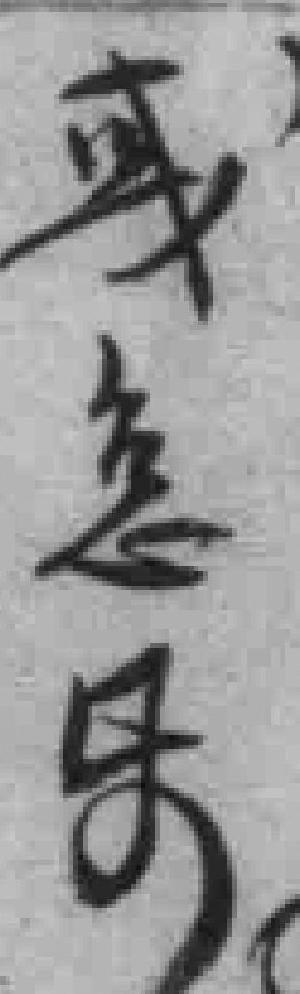
或急*